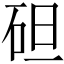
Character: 𥑲